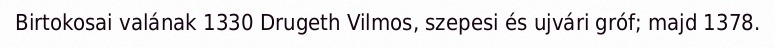
Birtokosai valának 1330 Drugeth Vilmos, szepesi és ujvári gróf; majd 1378.